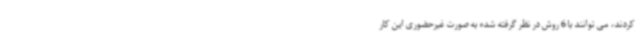
کردند، می توانند با 6 روش در نظر گرفته شده به صورت غیرحضوری این کار